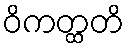
ဝိကတ္ထတိ